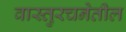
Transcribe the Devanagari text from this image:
वास्तुरचनेतील